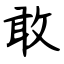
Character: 敢